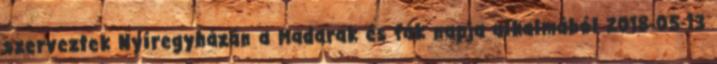
szerveztek Nyíregyházán a Madarak és fák napja alkalmából 2018-05-13